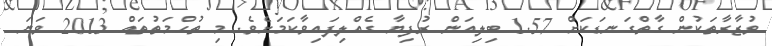
ވުޒާރާތަކުން ގާތްގަނޑަކަށް 1.57 ބިލިއަން ރުފިޔާ ގެއްލިފައިވާކަމަށެވެ. މި ތުހްމަތުތައް 2013 ވަނަ